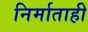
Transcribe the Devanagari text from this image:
निर्माताही